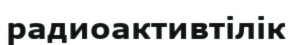
радиоактивтілік